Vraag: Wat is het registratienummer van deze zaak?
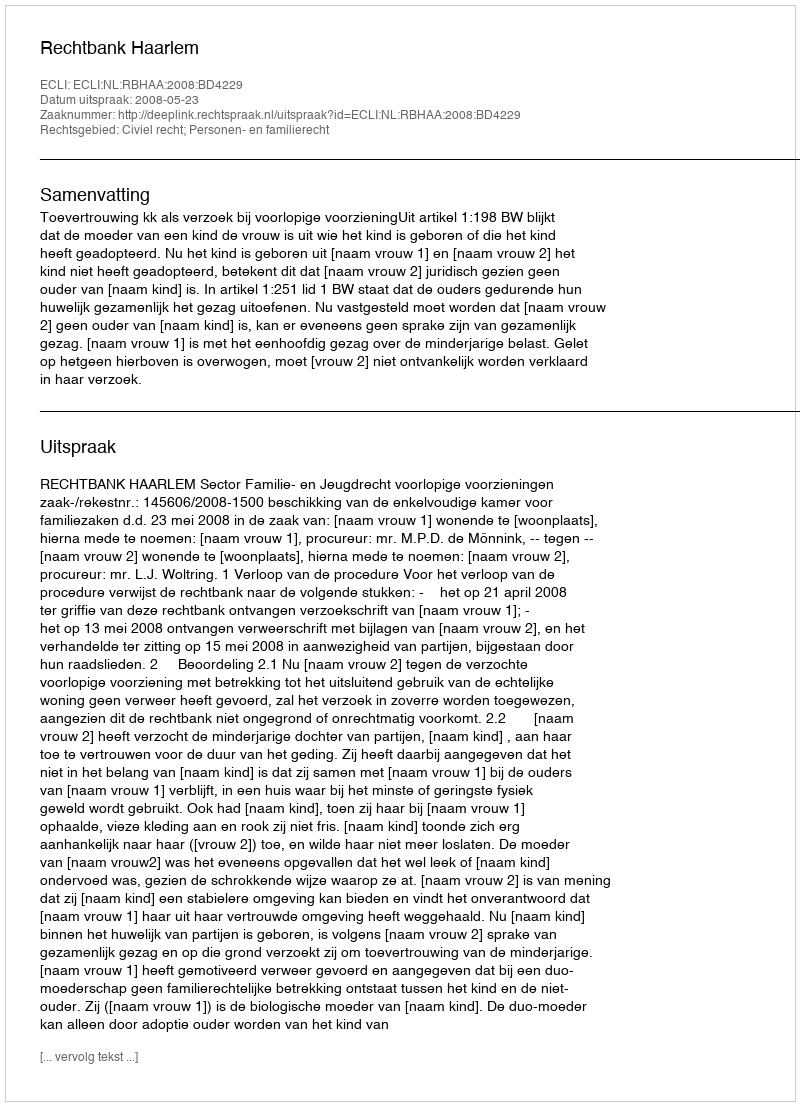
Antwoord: http://deeplink.rechtspraak.nl/uitspraak?id=ECLI:NL:RBHAA:2008:BD4229